Report of the Indian Hemp Drugs Commission, 1894-1895 - Volume I
Year: 1894
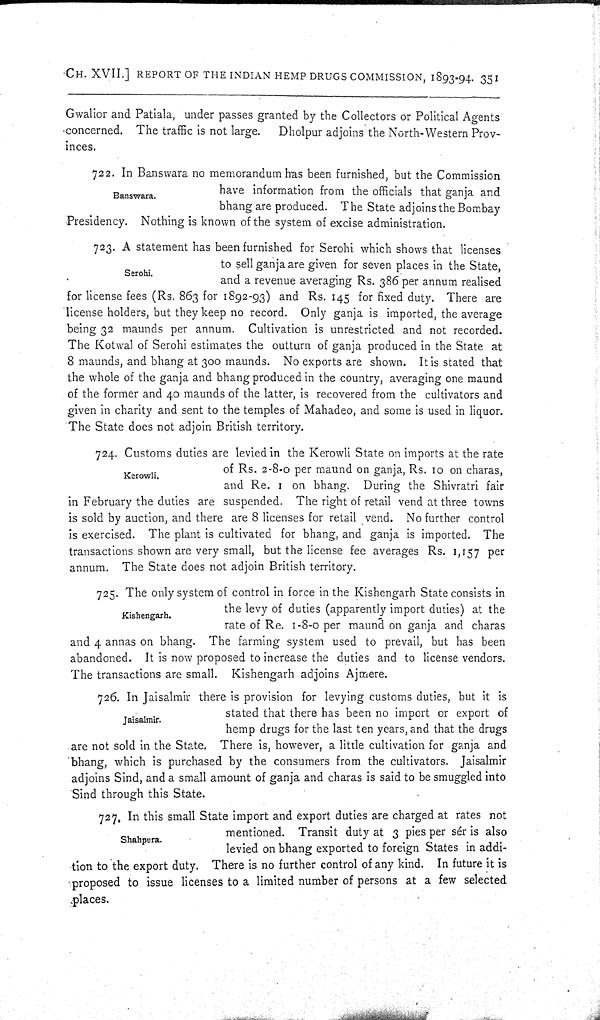
CH. XVII.] REPORT OF THE INDIAN HEMP DRUGS COMMISSION, 1893-94. 351
Gwalior and Patiala, under passes granted by the Collectors or Political Agents
concerned. The traffic is not large.
Dholpur adjoins the North-Western Prov-
inces.
Banswara.
722. In Banswara no memorandum has been furnished, but the Commission
have information from the officials that ganja and
bhang are produced. The State adjoins the Bombay
Presidency. Nothing is known of the system of excise administration.
Serohi.
723. A statement has been furnished for Serohi which shows that licenses
to sell ganja are given for seven places in the State,
and a revenue averaging Rs. 386 per annum realised
for license fees (Rs. 863 for 1892-93) and Rs. 145 for fixed duty. There are
license holders, but they keep no record. Only ganja is imported, the average
being 32 maunds per annum. Cultivation is unrestricted and not recorded.
The Kotwal of Serohi estimates the outturn of ganja produced in the State at
8 maunds, and bhang at 300 maunds. No exports are shown. It is stated that
the whole of the ganja and bhang produced in the country, averaging one maund
of the former and 40 maunds of the latter, is recovered from the cultivators and
given in charity and sent to the temples of Mahadeo, and some is used in liquor.
The State does not adjoin British territory.
Kerowli.
724. Customs duties are levied in the Kerowli State on imports at the rate
of Rs. 2-8-0 per maund on ganja, Rs. 10 on charas,
and Re. 1 on bhang. During the Shivratri fair
in February the duties are suspended. The right of retail vend at three towns
is sold by auction, and there are 8 licenses for retail vend. No further control
is exercised. The plant is cultivated for bhang, and ganja is imported. The
transactions shown are very small, but the license fee averages Rs. 1,157 per
annum. The State does not adjoin British territory.
Kishengarh.
725. The only system of control in force in the Kishengarh State consists in
the levy of duties (apparently import duties) at the
rate of Re. 1-8-0 per maund on ganja and charas
and 4 annas on bhang. The farming system used to prevail, but has been
abandoned. It is now proposed to increase the duties and to license vendors.
The transactions are small. Kishengarh adjoins Ajmere.
Jaisalmir.
726. In Jaisalmir there is provision for levying customs duties, but it is
stated that there has been no import or export of
hemp drugs for the last ten years, and that the drugs
are not sold in the State. There is, however, a little cultivation for ganja and
bhang, which is purchased by the consumers from the cultivators. Jaisalmir
adjoins Sind, and a small amount of ganja and charas is said to be smuggled into
Sind through this State.
Shahpura.
727. In this small State import and export duties are charged at rates not
mentioned. Transit duty at 3 pies per sér is also
levied on bhang exported to foreign States in addi-
tion to the export duty. There is no further control of any kind. In future it is
proposed to issue licenses to a limited number of persons at a few selected
places.